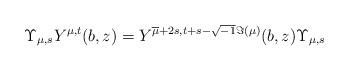
LaTeX: \begin{align*}&\Upsilon_{\mu,s}Y^{\mu,t}(b,z)=Y^{\overline\mu+2s,t+s-\sqrt{-1}\Im(\mu)}(b,z)\Upsilon_{\mu,s}\end{align*}